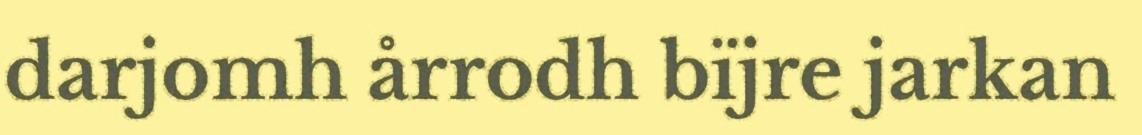
darjomh årrodh bïjre jarkan